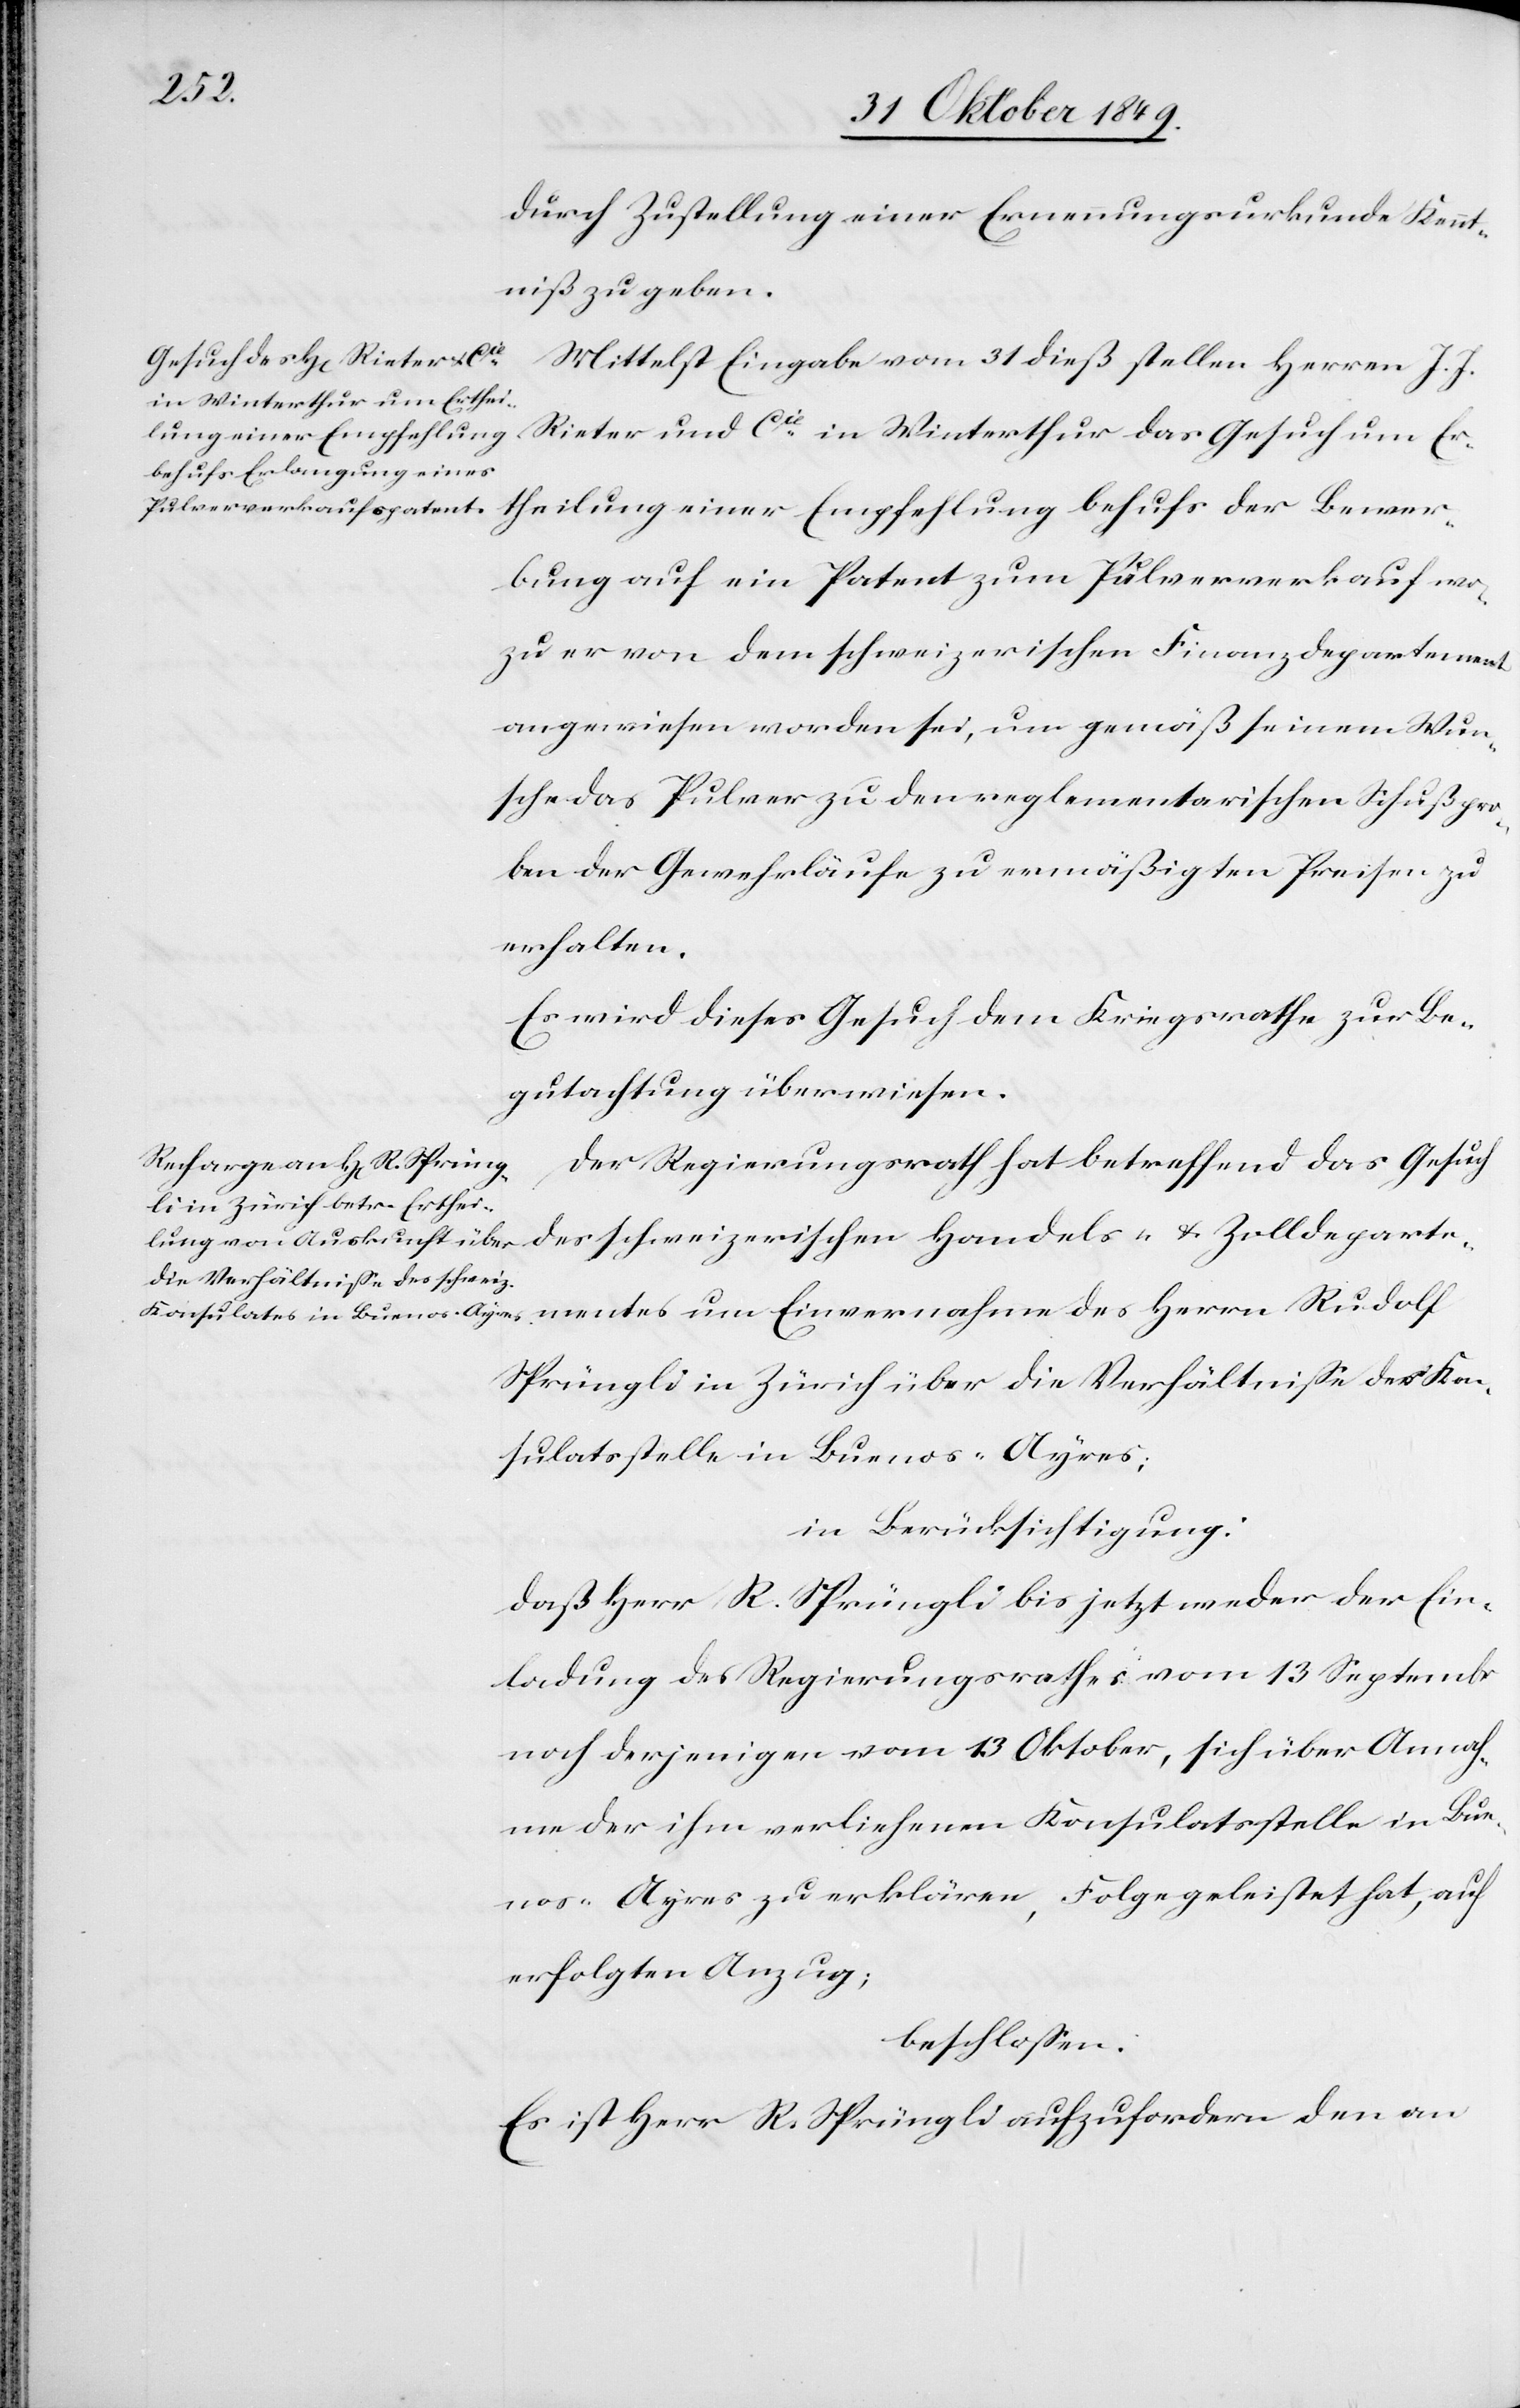
mentes
durch Zustellung einer Ernennungsurkunde Kennt¬
niß zu geben.
Mittelst Eingabe vom 31 dieß stellen Herren J. J.
Rieter und Cie in Winterthur das Gesuch um Er¬
theilung einer Empfehlung behufs der Bewer¬
bung auf ein Patent zum Pulververkauf wo¬
zu er von dem schweizerischen Finanzdepartement
angewiesen worden sei, um gemäß seinem Wun¬
sche das Pulver zu den reglementarischen Schußpro¬
ben der Gewehrläufe zu ermäßigten Preisen zu
erhalten.
Es wird dieses Gesuch dem Kriegsrathe zur Be¬
gutachtung überwiesen.
Der Regierungsrath hat betreffend das Gesuch
des schweizerischen Handels- u. Zolldeparte¬
Sprüngli in Zürich über die Verhältniße der Kon¬
sulatsstelle in Buenos-Ayres;
in Berücksichtigung:
daß Herr R. Sprüngli bis jetzt weder der Ein¬
ladung des Regierungsrathes vom 13 September
noch derjenigen vom 13 Oktober, sich über Annah¬
me der ihm verliehenen Konsulatsstelle in Bue¬
nos-Ayres zu erklären, Folge geleistet hat, auf
erfolgten Anzug;
beschloßen:
Es ist Herr R. Sprüngli aufzufordern den an